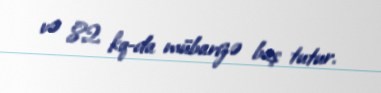
və 82 kq-da mübarizə baş tutur.